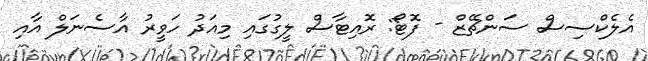
އެލެކްސިސް ސަންޗޭޒް - ފޮޓޯ: ރޮއިޓާސް ލީގުގައި މިއަދު ހަވީރު އާސެނަލް އާއި